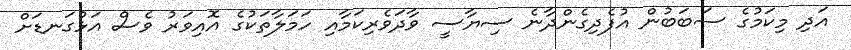
އަދި މިކަމުގެ ސަބަބުން އުފެދިގެންދާނެ ސިޔާސީ ވާދަވެރިކަމާއި ހަމަލާތަކުގެ އޮއިވަރު ވެސް އަޅުގަނޑަށް